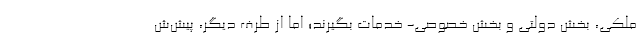
ملکی، بخش دولتی و بخش خصوصی- خدمات بگیرند؛ اما از طرف دیگر، پیش‌ش